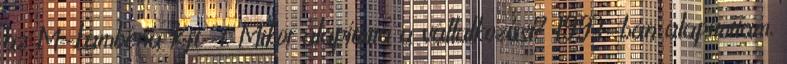
az M-Lambéria Kft.-t. Mikor alapította a vállalkozást? 1993-ban alapítottam,